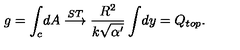
g = \int _ { c } \! d A \stackrel { S T } { \longrightarrow } \frac { R ^ { 2 } } { k \sqrt { \alpha ^ { \prime } } } \int \! d y = Q _ { t o p } .